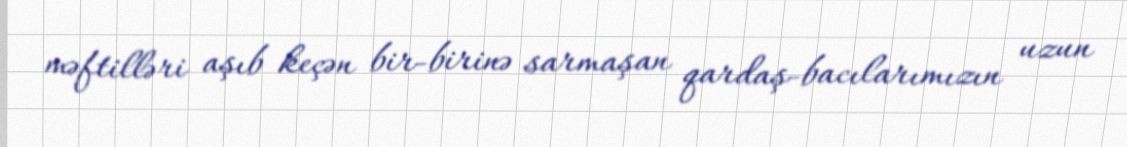
məftilləri aşıb keçən bir-birinə sarmaşan qardaş-bacılarımızın uzun